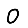
Digit: 0